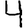
Digit: 4